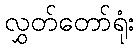
လွှတ်တော်ရုံး